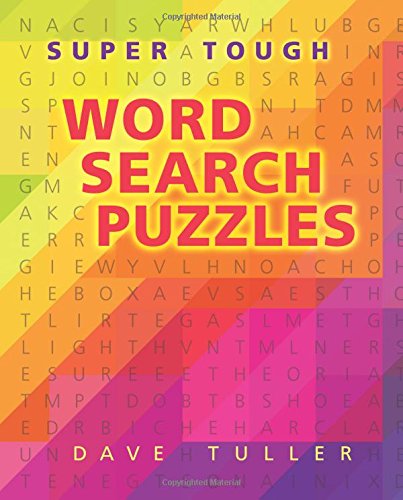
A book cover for Super Tough Word Search Puzzles; Dave Tuller; Humor & Entertainment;